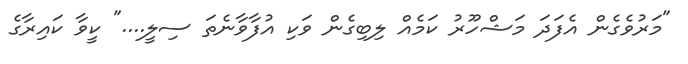
"މަރުވެގެން އެފަދަ މަޝްހޫރު ކަމެއް ލިބިގެން ވަކި އުފާވާނެތަ ސިލީ...." ކީވާ ކައިރާގެ